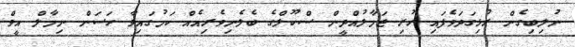
ނުލިބިގެން ރުޅިގަދަވެފައި ހުރި ޖަމާލުއްދީން ސްކޫލްގެ ބެލެނިވެރިއެއް ކަމުގައިވާ ހަސަން ނިމާލް އީވް